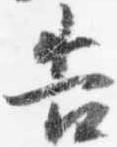
告